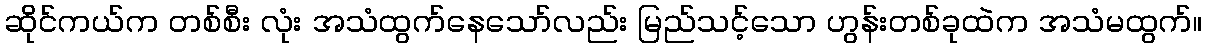
ဆိုင်ကယ်က တစ်စီး လုံး အသံထွက်နေသော်လည်း မြည်သင့်သော ဟွန်းတစ်ခုထဲက အသံမထွက်။